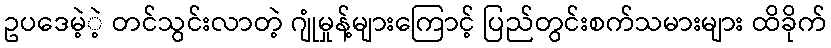
ဥပဒေမဲ့ဲ့ တင်သွင်းလာတဲ့ ဂျုံမှုန့်များကြောင့် ပြည်တွင်းစက်သမားများ ထိခိုက်